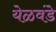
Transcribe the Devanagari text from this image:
येळवंडे